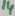
Text: 14